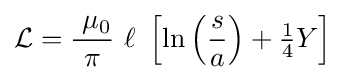
{\mathcal {L}}={\frac {\ \mu _{0}}{\pi }}\ \ell \ \left[\ln \left({\frac {s}{a}}\right)+{\tfrac {1}{4}}Y\right]